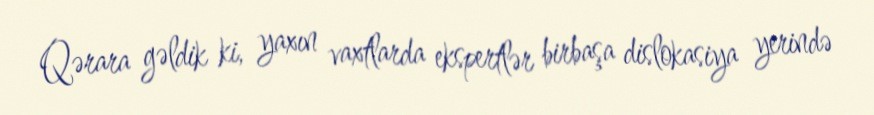
Qərara gəldik ki, yaxın vaxtlarda ekspertlər birbaşa dislokasiya yerində